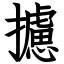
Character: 攄